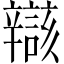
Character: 𫐝